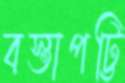
বস্তাপট্টি